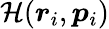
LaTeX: \mathcal{H}(\boldsymbol{r}_{i},\boldsymbol{p}_{i})